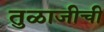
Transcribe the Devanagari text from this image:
तुळाजीची